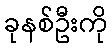
ခုနစ်ဦးကို